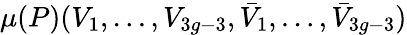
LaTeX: \mu(P)(V_{1},\ldots,V_{3g-3},\bar{V}_{1},\ldots,\bar{V}_{3g-3})